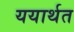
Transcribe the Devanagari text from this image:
ययार्थत